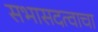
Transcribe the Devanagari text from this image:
सभासदत्वाचा